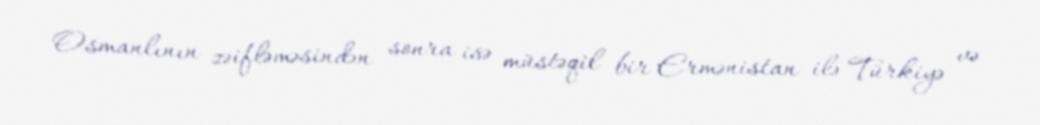
Osmanlının zəifləməsindən sonra isə müstəqil bir Ermənistan ilə Türkiyə və